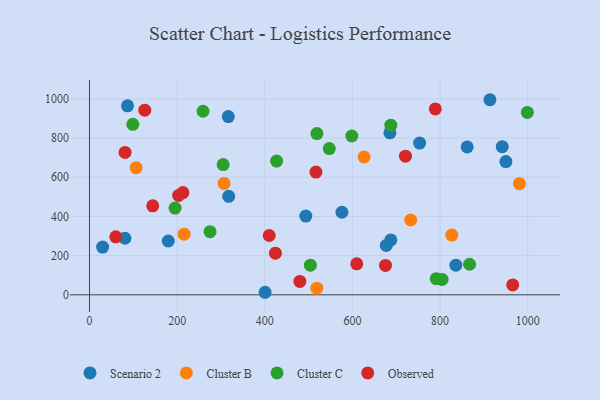
{"axis": {"x": "Study Hours", "y": "Salary"}, "legend": ["Cluster B", "Cluster C", "Observed", "Scenario 2"], "data": [{"x": "941.8", "y": 755.9, "type": "Scenario 2"}, {"x": "836.0", "y": 151.3, "type": "Scenario 2"}, {"x": "687.6", "y": 280.1, "type": "Scenario 2"}, {"x": "493.6", "y": 402.1, "type": "Scenario 2"}, {"x": "677.2", "y": 252.0, "type": "Scenario 2"}, {"x": "316.7", "y": 909.8, "type": "Scenario 2"}, {"x": "576.0", "y": 421.3, "type": "Scenario 2"}, {"x": "179.7", "y": 274.7, "type": "Scenario 2"}, {"x": "317.6", "y": 502.4, "type": "Scenario 2"}, {"x": "29.9", "y": 243.9, "type": "Scenario 2"}, {"x": "86.7", "y": 964.4, "type": "Scenario 2"}, {"x": "913.8", "y": 995.6, "type": "Scenario 2"}, {"x": "80.8", "y": 288.7, "type": "Scenario 2"}, {"x": "685.5", "y": 826.9, "type": "Scenario 2"}, {"x": "753.3", "y": 774.6, "type": "Scenario 2"}, {"x": "861.8", "y": 754.8, "type": "Scenario 2"}, {"x": "400.6", "y": 13.0, "type": "Scenario 2"}, {"x": "950.2", "y": 680.2, "type": "Scenario 2"}, {"x": "518.7", "y": 33.7, "type": "Cluster B"}, {"x": "215.9", "y": 309.6, "type": "Cluster B"}, {"x": "626.5", "y": 703.2, "type": "Cluster B"}, {"x": "307.1", "y": 568.7, "type": "Cluster B"}, {"x": "732.9", "y": 381.9, "type": "Cluster B"}, {"x": "826.8", "y": 304.7, "type": "Cluster B"}, {"x": "981.0", "y": 567.2, "type": "Cluster B"}, {"x": "106.4", "y": 648.8, "type": "Cluster B"}, {"x": "504.0", "y": 151.1, "type": "Cluster C"}, {"x": "999.2", "y": 930.8, "type": "Cluster C"}, {"x": "518.9", "y": 823.1, "type": "Cluster C"}, {"x": "547.2", "y": 746.3, "type": "Cluster C"}, {"x": "195.2", "y": 442.8, "type": "Cluster C"}, {"x": "98.8", "y": 870.1, "type": "Cluster C"}, {"x": "804.6", "y": 78.4, "type": "Cluster C"}, {"x": "867.3", "y": 156.1, "type": "Cluster C"}, {"x": "275.0", "y": 322.3, "type": "Cluster C"}, {"x": "791.1", "y": 82.6, "type": "Cluster C"}, {"x": "426.9", "y": 682.5, "type": "Cluster C"}, {"x": "305.0", "y": 664.6, "type": "Cluster C"}, {"x": "259.0", "y": 936.8, "type": "Cluster C"}, {"x": "598.6", "y": 810.5, "type": "Cluster C"}, {"x": "687.6", "y": 865.5, "type": "Cluster C"}, {"x": "789.1", "y": 948.6, "type": "Observed"}, {"x": "609.8", "y": 158.3, "type": "Observed"}, {"x": "81.1", "y": 726.9, "type": "Observed"}, {"x": "480.0", "y": 68.2, "type": "Observed"}, {"x": "410.1", "y": 302.7, "type": "Observed"}, {"x": "144.2", "y": 454.3, "type": "Observed"}, {"x": "965.7", "y": 50.5, "type": "Observed"}, {"x": "59.9", "y": 296.1, "type": "Observed"}, {"x": "675.4", "y": 150.1, "type": "Observed"}, {"x": "516.7", "y": 626.6, "type": "Observed"}, {"x": "424.2", "y": 212.7, "type": "Observed"}, {"x": "721.0", "y": 707.4, "type": "Observed"}, {"x": "213.1", "y": 522.0, "type": "Observed"}, {"x": "203.4", "y": 507.2, "type": "Observed"}, {"x": "126.1", "y": 942.3, "type": "Observed"}]}